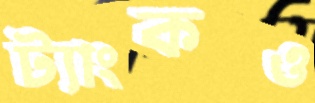
ট্যাংকও